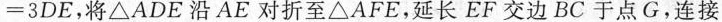
=3DE，将△ADE沿AE对折至△AFE，延长EF交边BC于点G，连接